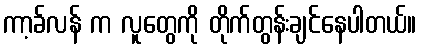
ကာ့ခ်လန် က လူတွေကို တိုက်တွန်းချင်နေပါတယ်။